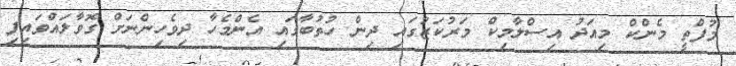
މުފްތީ މެންކް މިއަދު އިސްލާމިކް މަރުކަޒުގައި ދިން ހުތުބާގައި އެންމެހާ ދިވެހިންނަށް ގޮވާލައްވައިފި